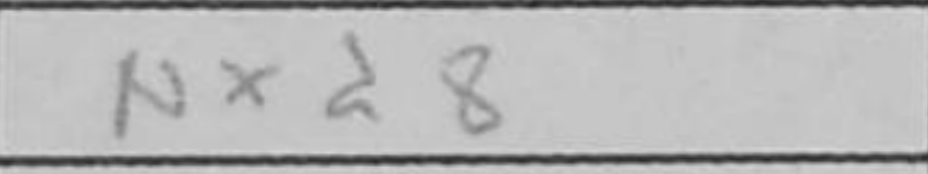
Transcription: Nxd8